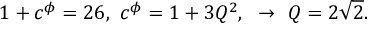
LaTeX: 1 + c ^ { \phi } = 2 6 , ~ c ^ { \phi } = 1 + 3 Q ^ { 2 } , ~ \to ~ Q = 2 \sqrt { 2 } .